Leaving Certificate Examination (including Day School Certificate (Higher) General paper), 1932
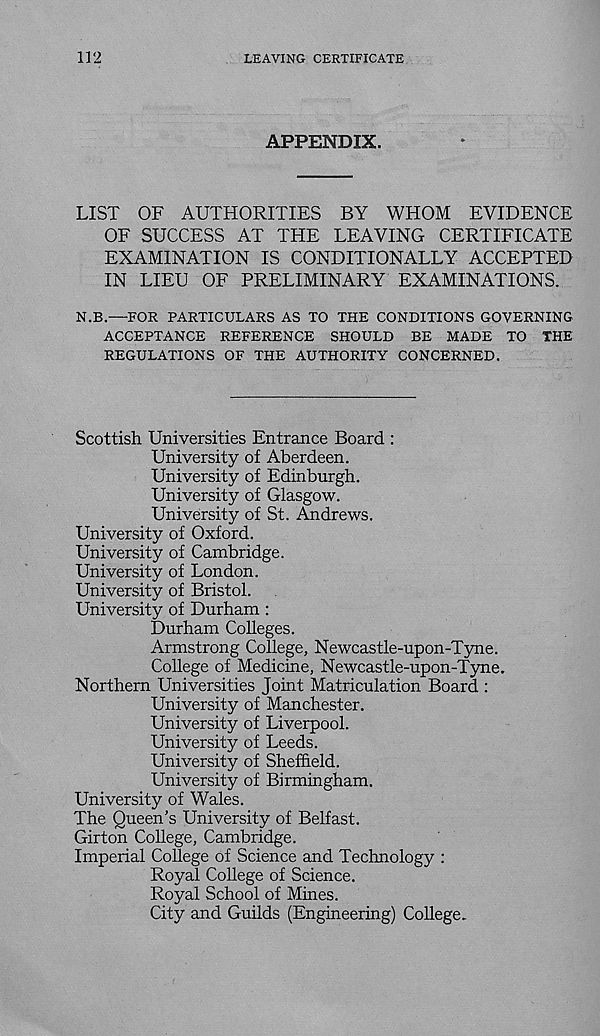
112
LEAVING CERTIFICATE
APPENDIX.
LIST OF AUTHORITIES BY WHOM EVIDENCE
OF SUCCESS AT THE LEAVING CERTIFICATE
EXAMINATION IS CONDITIONALLY ACCEPTED
IN LIEU OF PRELIMINARY EXAMINATIONS.
N.B.—FOR PARTICULARS AS TO THE CONDITIONS GOVERNING
ACCEPTANCE REFERENCE SHOULD BE MADE TO THE
REGULATIONS OF THE AUTHORITY CONCERNED.
Scottish Universities Entrance Board :
University of Aberdeen.
University of Edinburgh.
University of Glasgow.
University of St. Andrews.
University of Oxford.
University of Cambridge.
University of London.
University of Bristol.
University of Durham :
Durham Colleges.
Armstrong College, Newcastle-upon-Tyne.
College of Medicine, Newcastle-upon-Tyne.
Northern Universities Joint Matriculation Board :
University of Manchester.
University of Liverpool.
University of Leeds.
University of Sheffield.
University of Birmingham.
University of Wales.
The Queen’s University of Belfast.
Girton College, Cambridge.
Imperial College of Science and Technology :
Royal College of Science.
Royal School of Mines.
City and Guilds (Engineering) College.